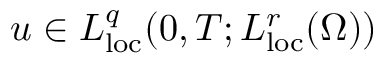
u \in L _ { \mathrm { l o c } } ^ { q } ( 0 , T ; L _ { \mathrm { l o c } } ^ { r } ( \Omega ) )